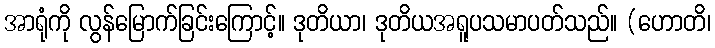
အာရုံကို လွန်မြောက်ခြင်းကြောင့်။ ဒုတိယာ၊ ဒုတိယအရူပသမာပတ်သည်။ (ဟောတိ၊